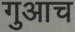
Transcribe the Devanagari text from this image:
गुआच